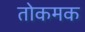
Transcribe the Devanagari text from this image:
तोकमक